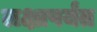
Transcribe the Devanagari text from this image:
लक्षापर्यंत